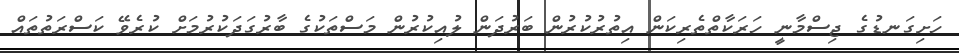
ހަށިގަނޑުގެ ޖިސްމާނީ ހަރަކާތްތެރިކަން އިތުރުކުރުން ބަރުދަން ލުއިކުރުން މަސްތަކުގެ ބާރުގަދަކުރުމަށް ކުރެވޭ ކަސްރަތުތައް